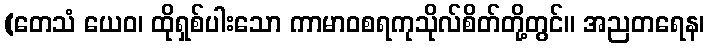
(တေသံ ယေဝ၊ ထိုရှစ်ပါးသော ကာမာဝစရကုသိုလ်စိတ်တို့တွင်။ အညတရေန၊